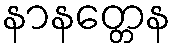
နာနတ္တေန